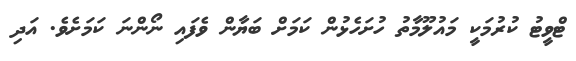
ޓްވީޓު ކުރުމަކީ މައުލޫމާާތު ހުށަހެޅުން ކަމަށް ބަޔާން ވެފައި ނޯންނަ ކަމަށެވެ. އަދި